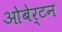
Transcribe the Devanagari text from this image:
ओबेर्टन